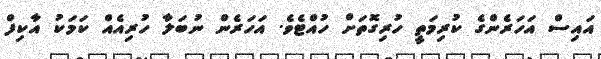
އައިސް އަހަރެންގެ ކުރިމަތީ ހުރިގޮތަށް ހުއްޓެވެ. އަހަރެން ނުބަލާ ހުރިއެއް ކަމަކު އާކިފް